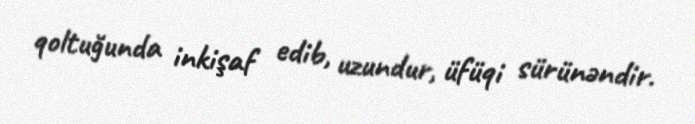
qoltuğunda inkişaf edib, uzundur, üfüqi sürünəndir.